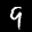
Label: 9